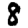
Digit: 8